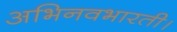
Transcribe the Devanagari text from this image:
अभिनवभारती।